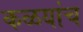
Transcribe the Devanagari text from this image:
कळयांच